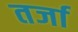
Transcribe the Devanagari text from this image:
तर्जा